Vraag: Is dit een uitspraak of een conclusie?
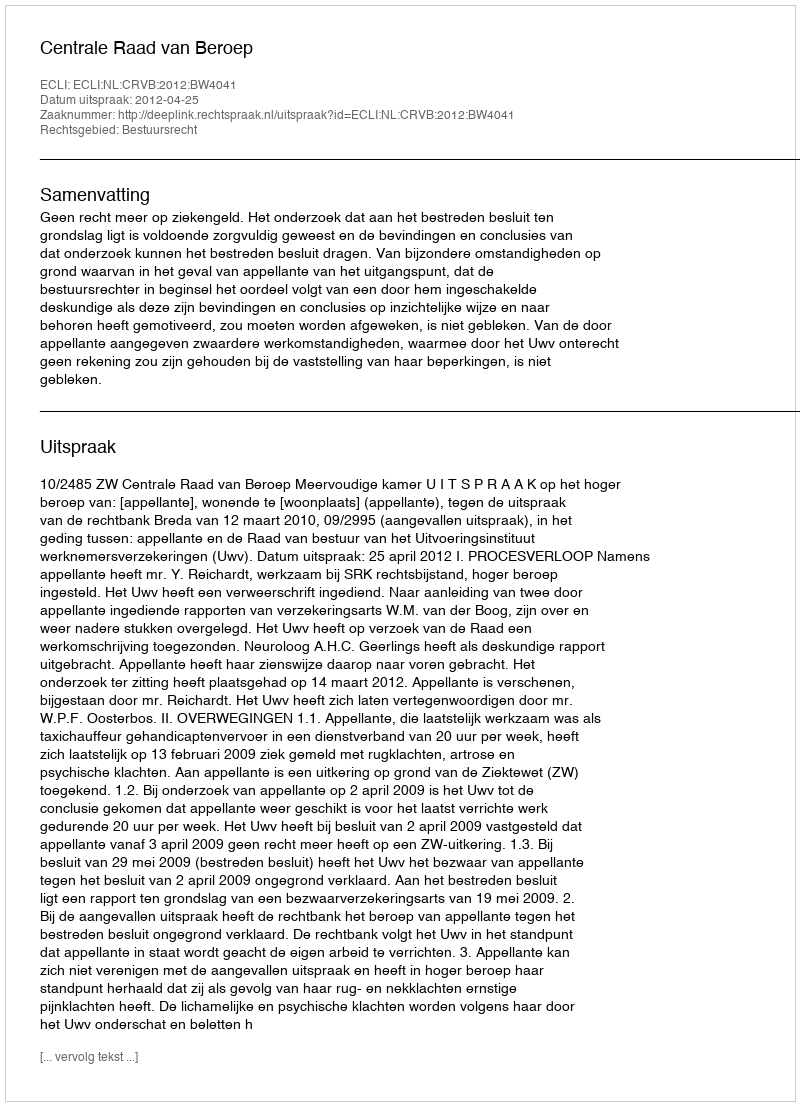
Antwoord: Uitspraak